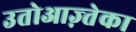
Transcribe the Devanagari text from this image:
उतोआज़्तेका